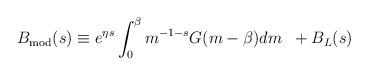
LaTeX: \begin{align*}B_{\rm mod}(s)\equiv e^{\eta s}\int_{0}^{\beta}m^{-1-s}G(m-\beta)dm\;\;+B_L(s)\end{align*}